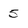
Character: 5